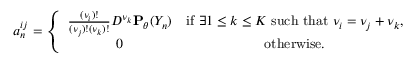
a _ { n } ^ { i j } = \left\{ \begin{array} { c c } { \frac { ( \nu _ { i } ) ! } { ( \nu _ { j } ) ! ( \nu _ { k } ) ! } D ^ { \nu _ { k } } { \bf P } _ { \theta } ( Y _ { n } ) } & { \mathrm { i f ~ } \exists 1 \leq k \leq K \mathrm { ~ s u c h ~ t h a t ~ } \nu _ { i } = \nu _ { j } + \nu _ { k } , } \\ { 0 } & { \mathrm { o t h e r w i s e } . } \end{array} \right.